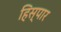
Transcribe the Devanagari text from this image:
हिस्पार